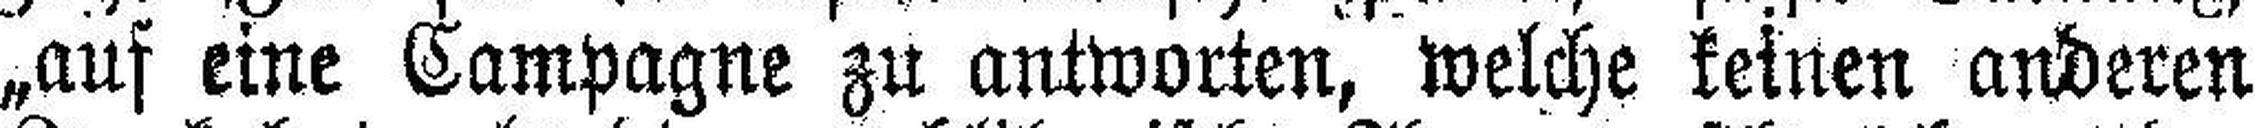
„auf eine Campagne zu antworten, welche keinen anderen